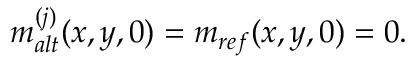
m _ { a l t } ^ { ( j ) } ( x , y , 0 ) = m _ { r e f } ( x , y , 0 ) = 0 .